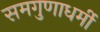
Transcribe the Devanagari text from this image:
समगुणाधर्मी